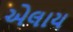
એલાય